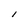
Character: l